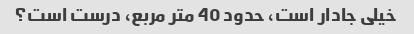
خیلی جادار است، حدود 40 متر مربع، درست است؟